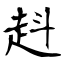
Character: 﨣